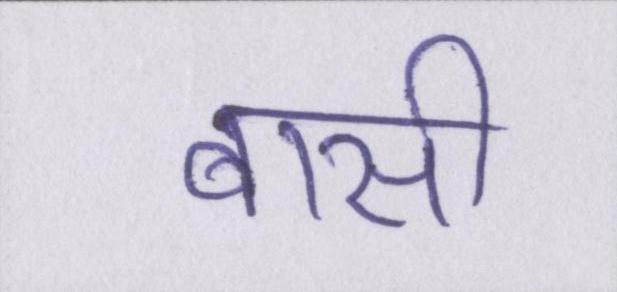
बासी